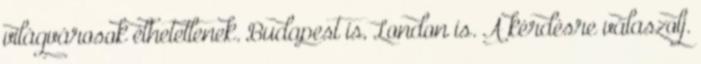
világvárosok élhetetlenek. Budapest is, London is. A kérdésre válaszolj.